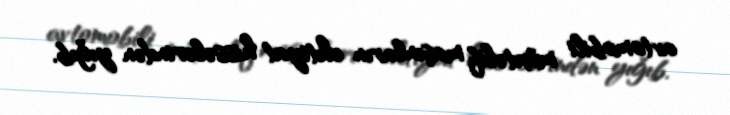
avtomobili müxtəlif maşınların ehtiyat hissələrindən yığıb.